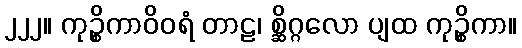
၂၂၂။ ကုဉ္စိကာဝိဝရံ တာဠ၊ စ္ဆိဂ္ဂလော ပျထ ကုဉ္စိကာ။